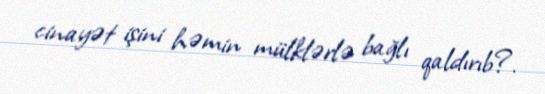
cinayət işini həmin mülklərlə bağlı qaldırıb?.